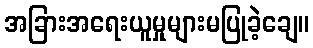
အခြားအရေးယူမှုများမပြုခဲ့ချေ။